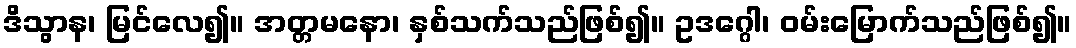
ဒိသွာန၊ မြင်လေ၍။ အတ္တမနော၊ နှစ်သက်သည်ဖြစ်၍။ ဥဒဂ္ဂေါ၊ ဝမ်းမြောက်သည်ဖြစ်၍။